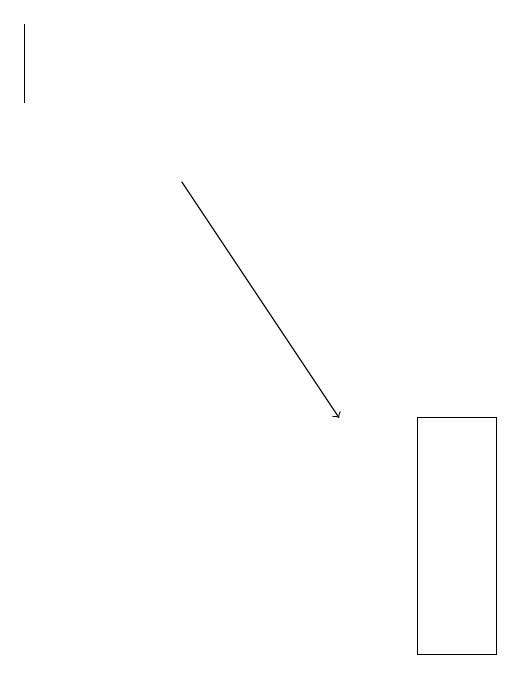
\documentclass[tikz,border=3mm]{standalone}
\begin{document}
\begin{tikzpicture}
\draw (8,14) rectangle (9,11);
\draw[->] (5,17) -- (7,14);
\draw (3,19) rectangle (3,18);
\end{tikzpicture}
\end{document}